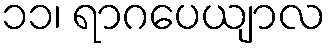
၁၁၊ ရာဂပေယျာလ